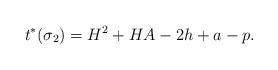
LaTeX: \begin{align*}t^{*}(\sigma_{2}) = H^{2} + HA - 2h + a - p.\end{align*}